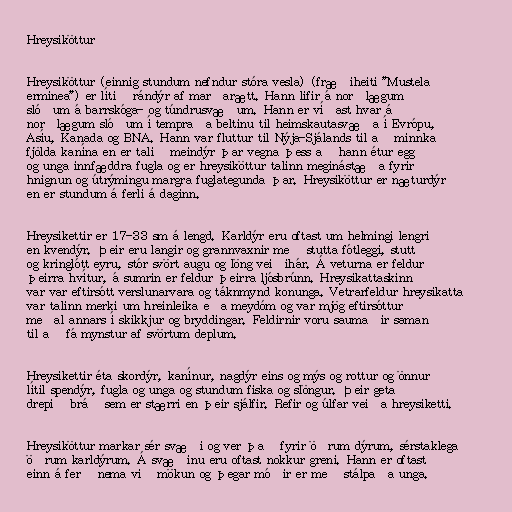
Hreysiköttur

Hreysiköttur (einnig stundum nefndur stóra vesla) (fræðiheiti "Mustela
erminea") er lítið rándýr af marðarætt. Hann lifir á norðlægum
slóðum á barrskóga- og túndrusvæðum. Hann er víðast hvar á
norðlægum slóðum í tempraða beltinu til heimskautasvæða í Evrópu,
Asíu, Kanada og BNA. Hann var fluttur til Nýja-Sjálands til að minnka
fjölda kanína en er talið meindýr þar vegna þess að hann étur egg
og unga innfæddra fugla og er hreysiköttur talinn meginástæða fyrir
hnignun og útrýmingu margra fuglategunda þar. Hreysiköttur er næturdýr
en er stundum á ferli á daginn.

Hreysikettir er 17-33 sm á lengd. Karldýr eru oftast um helmingi lengri
en kvendýr. Þeir eru langir og grannvaxnir með stutta fótleggi, stutt
og kringlótt eyru, stór svört augu og löng veiðihár. Á veturna er feldur
þeirra hvítur, á sumrin er feldur þeirra ljósbrúnn. Hreysikattaskinn
var var eftirsótt verslunarvara og táknmynd konunga. Vetrarfeldur hreysikatta
var talinn merki um hreinleika eða meydóm og var mjög eftirsóttur
meðal annars í skikkjur og bryddingar. Feldirnir voru saumaðir saman
til að fá mynstur af svörtum deplum.

Hreysikettir éta skordýr, kanínur, nagdýr eins og mýs og rottur og önnur
lítil spendýr, fugla og unga og stundum fiska og slöngur. Þeir geta
drepið bráð sem er stærri en þeir sjálfir. Refir og úlfar veiða hreysiketti.

Hreysiköttur markar sér svæði og ver það fyrir öðrum dýrum, sérstaklega
öðrum karldýrum. Á svæðinu eru oftast nokkur greni. Hann er oftast
einn á ferð nema við mökun og þegar móðir er með stálpaða unga.